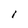
Character: I